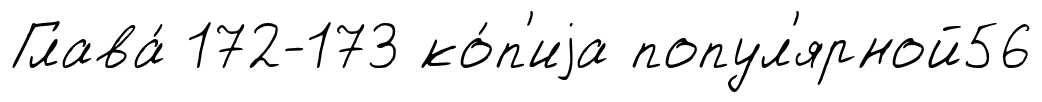
Глава́ 172-173 ко́п'иjа попул'ярной56